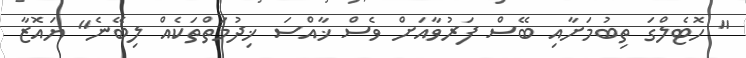
" ހޮޓެލްގަ ތިބުމަށާއި ބޭސް ފަރުވާއަށް ވެސް ޚާއްސަ ޚިދުމަތްތަކެއް ލިބޭނެ" ޔައޮޒާ